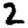
Digit: 2